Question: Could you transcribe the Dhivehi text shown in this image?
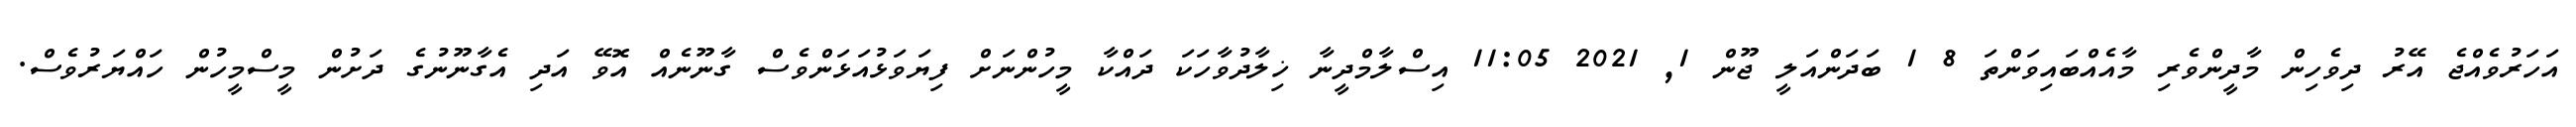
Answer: އަހަރުވެއްޖެ އޭރު ދިވެހިން މާދީންވެރި މާއެއްބައިވަންތަ 8 1 ބަދަންއަލީ ޖޫން 1, 2021 11:05 އިސްލާމްދީނާ ޚިލާދުވާހަކަ ދައްކާ މީހުންނަށް ފިޔަވަޅުއަޅަންވެސް ގާނޫނެއް އޮވޭ އަދި އެގާނޫނުގެ ދަށުން މީސްމީހުން ހައްޔަރުވެސް.